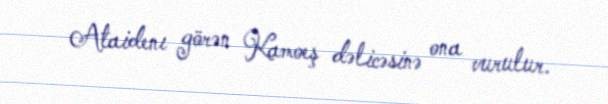
Ataidenı görən Kamoeş dəlicəsinə ona vurulur.